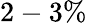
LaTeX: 2-3\%